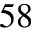
^ { 5 8 }